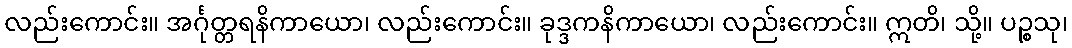
လည်းကောင်း။ အင်္ဂုတ္တရနိကာယော၊ လည်းကောင်း။ ခုဒ္ဒကနိကာယော၊ လည်းကောင်း။ ဣတိ၊ သို့။ ပဉ္စသု၊